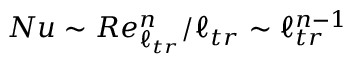
N u \sim R e _ { \ell _ { t r } } ^ { n } / \ell _ { t r } \sim \ell _ { t r } ^ { n - 1 }